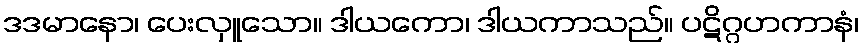
ဒဒမာနော၊ ပေးလှူသော။ ဒါယကော၊ ဒါယကာသည်။ ပဋိဂ္ဂဟကာနံ၊